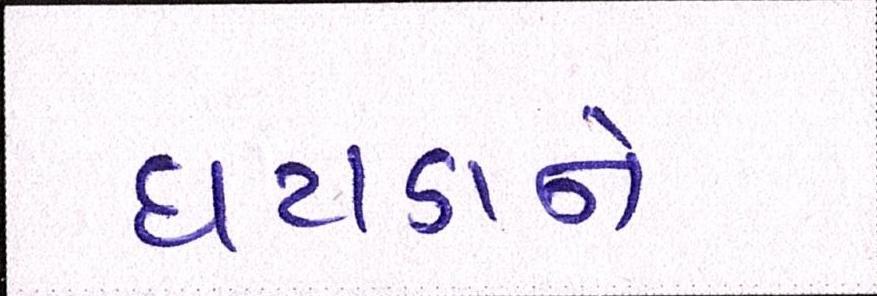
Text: ઘટાડાને